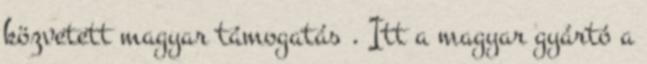
közvetett magyar támogatás . Itt a magyar gyártó a